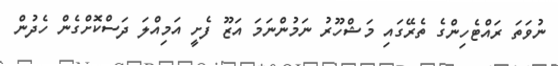
ނުވަތަ ރައްޓެހިންގެ ތެރޭގައި މަޝްހޫރު ނަމުންނަމަ އަޒޫ ފެށީ އަމިއްލަ ދަސްކޮށްގެން ހެދުން